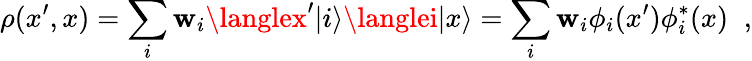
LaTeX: \rho(x^{\prime},x)=\sum_{i}\mathbf{w}_{i}\langlex^{\prime}|i\rangle\langlei|x\rangle=\sum_{i}\mathbf{w}_{i}\phi_{i}(x^{\prime})\phi_{i}^{\ast}(x)\; \; ,